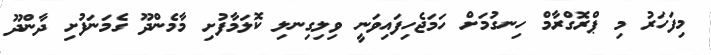
މިފަހަރު މި ޕްރޮގްރާމް ހިނގުމަށް ހަމަޖެހިފައިވަނީ ވިލިގިނލި ކޮލަމާފުށި މާމެންދޫ ގެމަނަފުށި ދާންދޫ